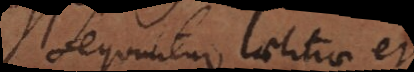
Sequuntur Laetitiae et